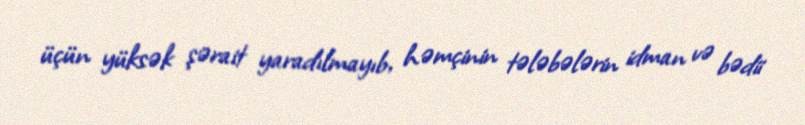
üçün yüksək şərait yaradılmayıb, həmçinin tələbələrin idman və bədii